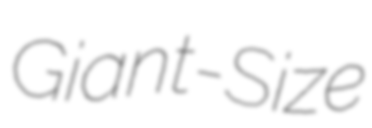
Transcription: Giant-Size